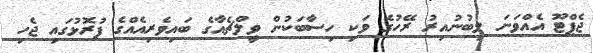
ޖެޕްޓޫ އެއްވަނަ ލިބުނުއިރު ރޭހުގެ ވަކި ހިސާބަކުން ވީލްޗެއާގެ ބައިވެރިއެއްގެ ފުރޮޅުގައި ޖެހި